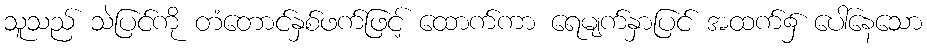
သူသည် သဲပြင်ကို တံတောင်နှစ်ဖက်ဖြင့် ထောက်ကာ ရေမျက်နှာပြင် အထက်၌ ပေါ်နေသော